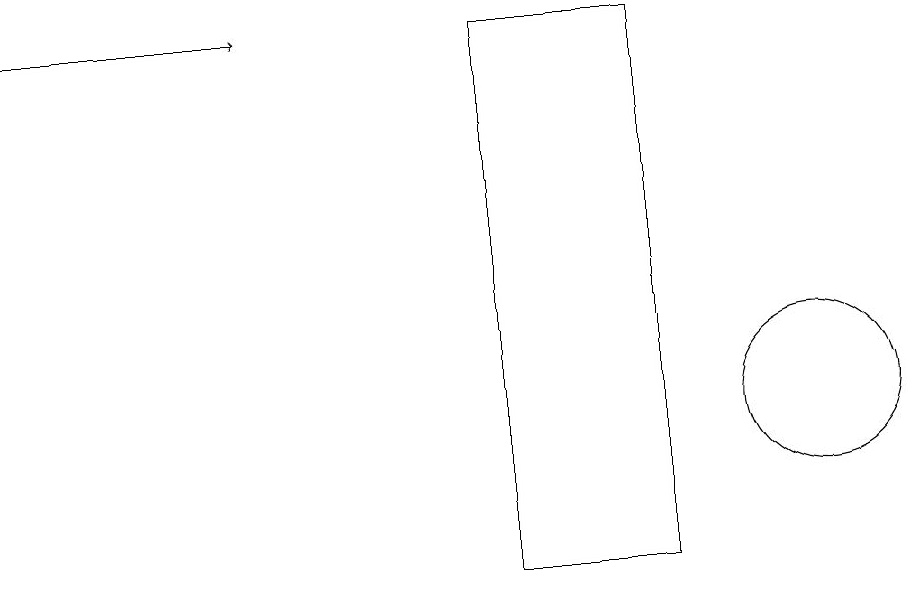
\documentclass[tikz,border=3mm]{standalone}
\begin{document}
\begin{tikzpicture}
\draw (7,17) rectangle (9,10);
\draw (11,12) circle (1);
\draw[->] (1,17) -- (4,17);
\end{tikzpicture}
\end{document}